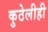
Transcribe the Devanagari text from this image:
कुठेलीही